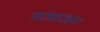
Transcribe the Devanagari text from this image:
गजाजन